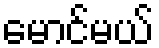
မောင်မယ်